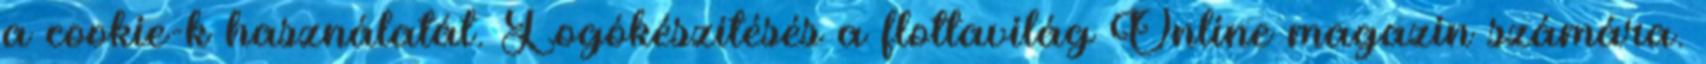
a cookie-k használatát. Logókészítésés a flottavilág Online magazin számára.